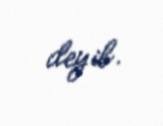
deyib.